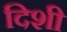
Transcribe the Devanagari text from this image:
दिशी